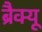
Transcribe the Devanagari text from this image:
ब्रैक्यू